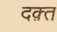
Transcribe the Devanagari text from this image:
दक़्त